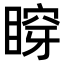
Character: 𥈹